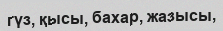
гүз, қысы, бахар, жазысы,